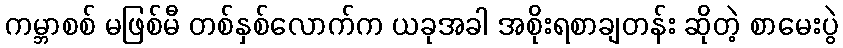
ကမ္ဘာစစ် မဖြစ်မီ တစ်နှစ်လောက်က ယခုအခါ အစိုးရစာချတန်း ဆိုတဲ့ စာမေးပွဲ